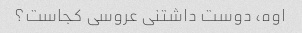
اوه، دوست داشتنی عروسی کجاست؟